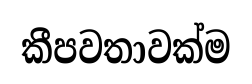
කීපවතාවක්ම